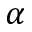
\alpha